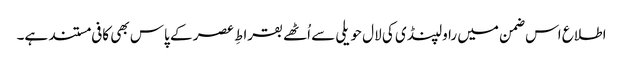
اطلاع اس ضمن میں راولپنڈی کی لال حویلی سے اُٹھے بقراطِ عصر کے پاس بھی کافی مستند ہے۔